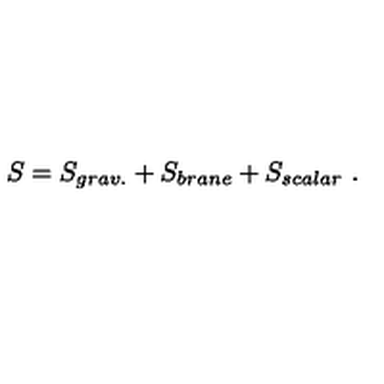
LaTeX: S = S _ { g r a v . } + S _ { b r a n e } + S _ { s c a l a r } \ .